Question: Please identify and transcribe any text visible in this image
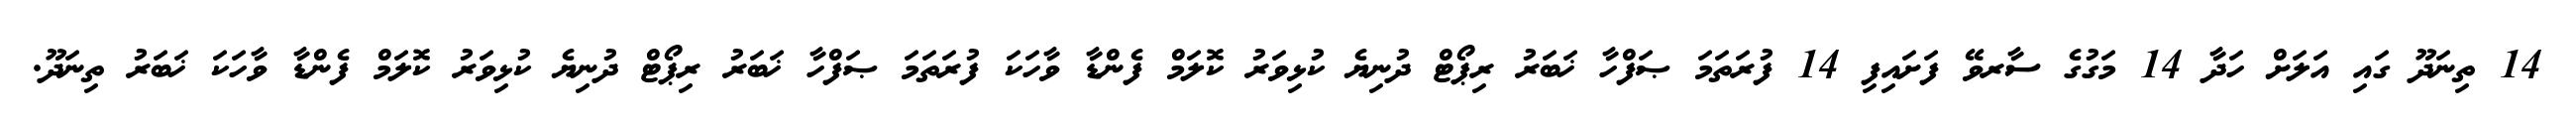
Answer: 14 ތިނަދޫ ގައި އަލަށް ހަދާ 14 މަގުގެ ސާރވޭ ފަށައިފި 14 ފުރަތަމަ ޞަފްހާ ޚަބަރު ރިޕޯޓް ދުނިޔެ ކުޅިވަރު ކޮލަމް ފެންޑާ ވާހަކަ ފުރަތަމަ ޞަފްހާ ޚަބަރު ރިޕޯޓް ދުނިޔެ ކުޅިވަރު ކޮލަމް ފެންޑާ ވާހަކަ ޚަބަރު ތިނަދޫ.